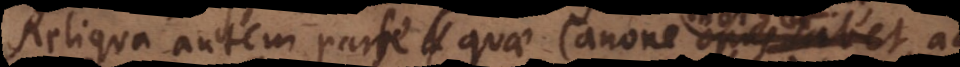
Reliqua autem parte quae Canone indiget, ad